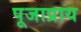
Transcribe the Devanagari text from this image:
पूजाप्राय